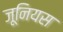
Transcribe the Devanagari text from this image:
जूनियस